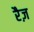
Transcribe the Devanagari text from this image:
रैज़